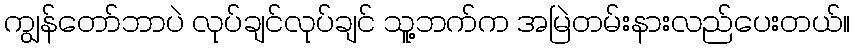
ကျွန်တော်ဘာပဲ လုပ်ချင်လုပ်ချင် သူ့ဘက်က အမြဲတမ်းနားလည်ပေးတယ်။